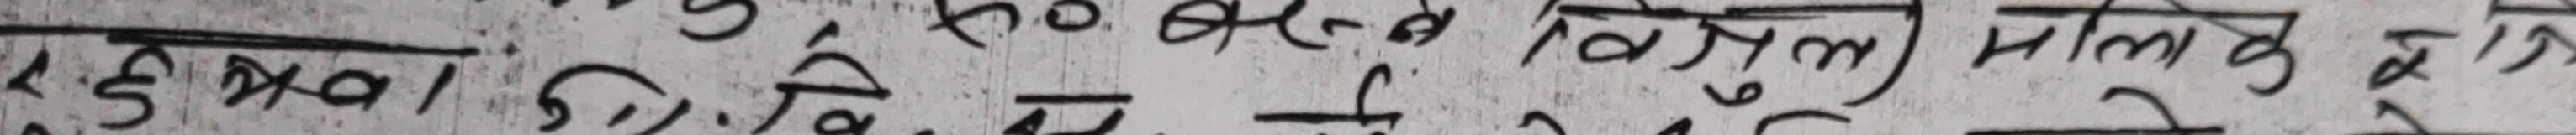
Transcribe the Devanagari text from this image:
हरुको रितिस्थितिको मुल्युककै